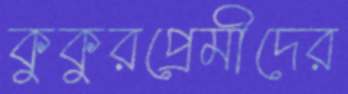
কুকুরপ্রেমীদের